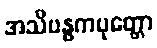
အသိဗန္ဓကပုတ္တော